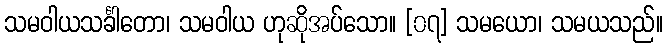
သမဝါယသင်္ခါတော၊ သမဝါယ ဟုဆိုအပ်သော။ [၀၇] သမယော၊ သမယသည်။